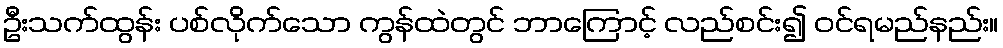
ဦးသက်ထွန်း ပစ်လိုက်သော ကွန်ထဲတွင် ဘာကြောင့် လည်စင်း၍ ဝင်ရမည်နည်း။